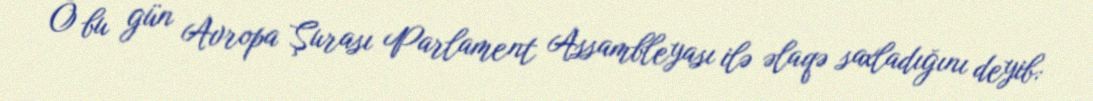
O bu gün Avropa Şurası Parlament Assambleyası ilə əlaqə saxladığını deyib: